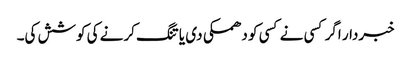
خبردار اگر کسی نے کسی کو دھمکی دی یا تنگ کرنے کی کوشش کی۔